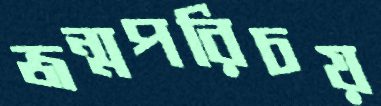
জন্মপরিচয়